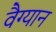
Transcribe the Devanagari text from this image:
वैग्यान